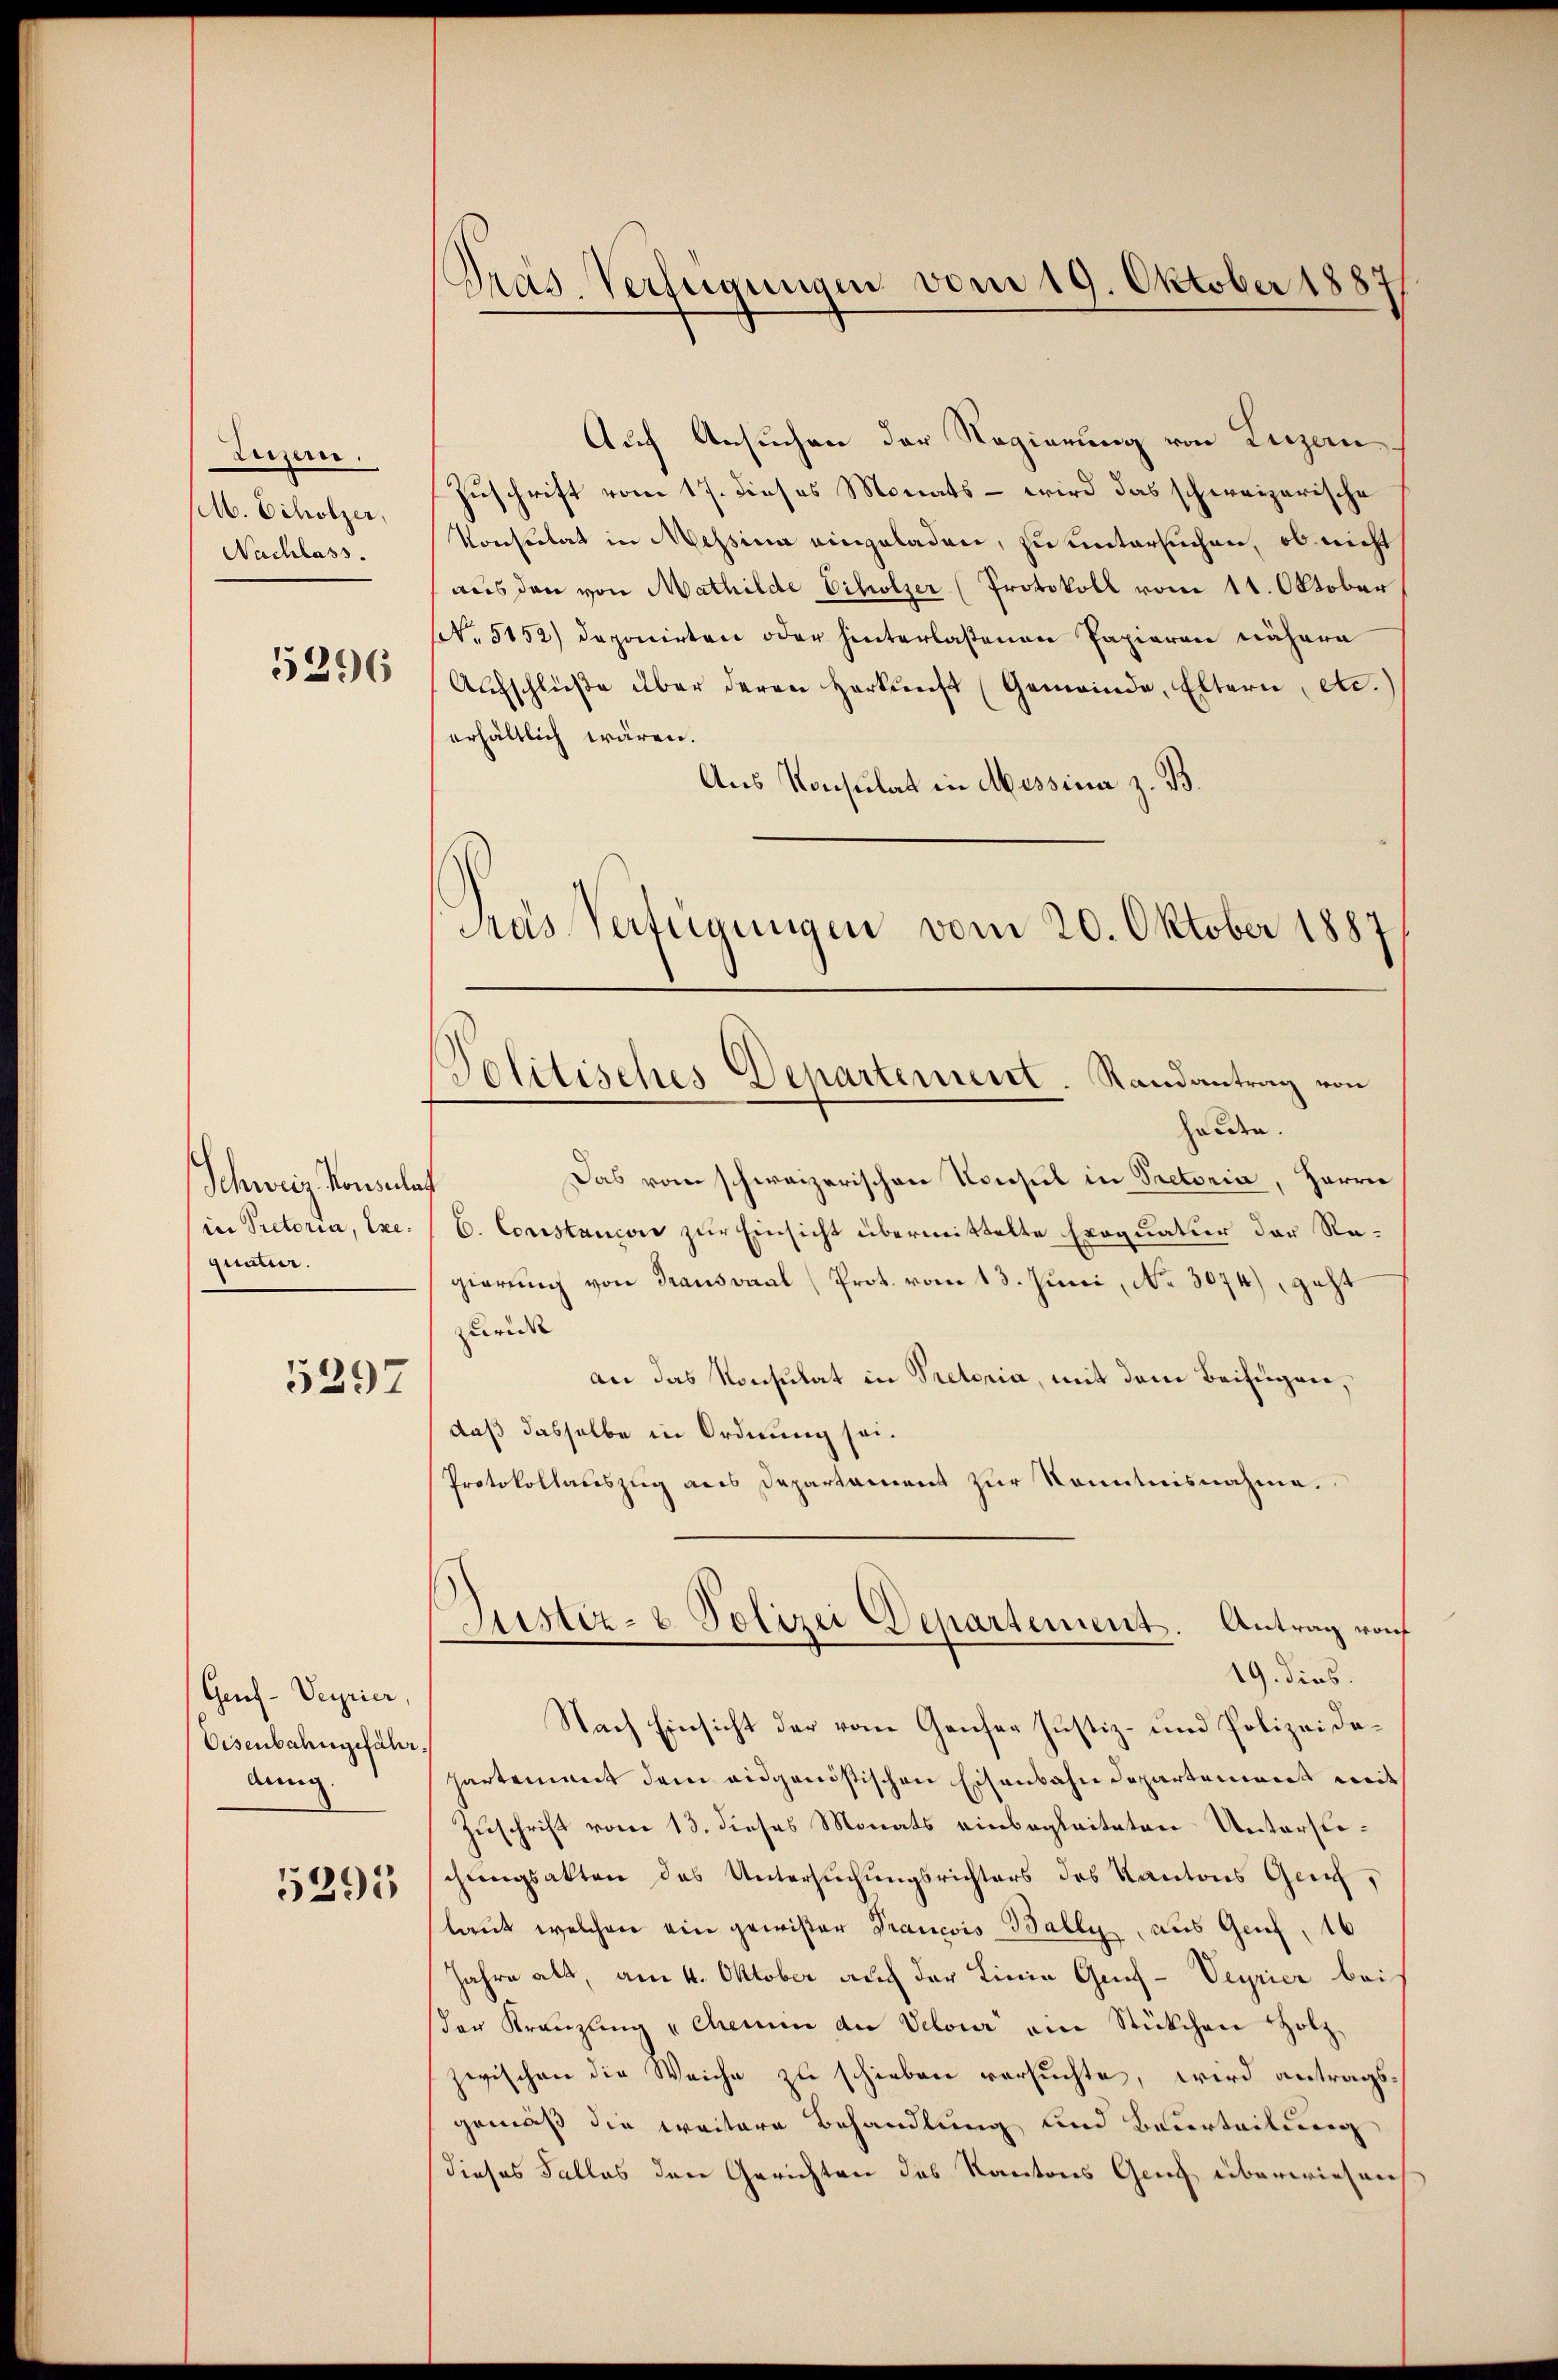
Luzern.
M. Scholzer,
Nachlass.

5296

Schweiz. Konsulat
in Pretoria, Exe
quatur.

5297

Geuf-Veyrier,
Eisenbahngefähr
dung.

5295

Pras. Verfügungen vom 19. Oktober 1887

Auch Ansuchen der Regierung von Luzern.
Zuschrift vom 17. dieses Monats – wird das schweizerische
Konsulat in Messina eingeladen, zu untersuchen, ob nicht
aus den von Mathilde Scholzer (Protokoll vom 11. Oktober
No. 5152) deponirten oder hinterlaßenen Papieren nähern
Aŭfschlüβe über deren Herkŭnft (Gemeinde, Eltern, etc.
erhältlich wären.
Aus Konsulat in Messina z. B.
Pras Verfügungen vom 20. Oktober 1887

Politisches Departernent. Randantrag von
halden.

Justiz- & Polizei Departement. Antrag von
19. dies.

Das vom schweizerischen Konsul in Pretoria, Herrn
C. Constancore zur Einsicht übermittelte Exequatuor der Regierung von Trausvaal (Prot. vom 13. Juni, No. 3074), geht
zurück
an das Konsulat in Pretoria, mit dem Beifügen,
daß dasselbe in Ordnung sei.
Protokollauszug aus Departament zur Kenntnisnahme.
Nach Einsicht der vom Genfer Justiz- und Polizeidepartement dem eidgenößischen Eisenbahndepartement mit
Zuschrift vom 13. dieses Monats einbegleiteten Unterstechungsakten des Untersuchungsrichters des Kantons Gerich,
laut welchen ein gewißer Francois Bally, aus Genf, 16
Jahre alt, am 4. Oktober auch der Linie Grif-Veyrier bei
der Kranzling "Chemin an Velour am Stückchen Holz,
zwischen die Weiche zu schieben versuchte, wird antragsgemäß die weitere Behandlung und Beurteilung
dieses Falles den Gerichten des Kantons Gruch überwiesen